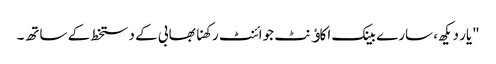
"یار دیکھ، سارے بینک اکاﺅنٹ جوائنٹ رکھنا بھابی کے دستخط کے ساتھ۔